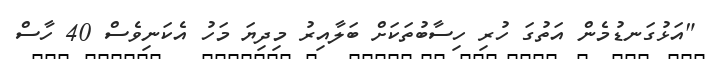
"އަޅުގަނޑުމެން އަތުގަ ހުރި ހިސާބުތަކަށް ބަލާއިރު މިދިޔަ މަހު އެކަނިވެސް 40 ހާސް